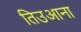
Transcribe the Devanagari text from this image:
तिउआना